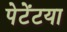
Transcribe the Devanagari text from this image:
पेटेंटया